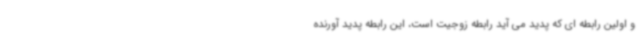
و اولین رابطه ای که پدید می آید رابطه زوجیت است، این رابطه پدید آورنده